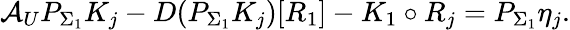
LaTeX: \mathcal{A}_{U}P_{\Sigma_{1}}K_{j}-D(P_{\Sigma_{1}}K_{j})[R_{1}]-K_{1}\circ R_{j}=P_{\Sigma_{1}}\eta_{j}.